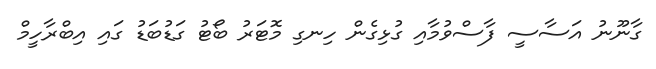
ގާނޫނު އަސާސީ ފާސްވުމާއި ގުޅިގެން ހިނގި މޮޓަރު ބޯޓު ގަޑުބަޑު ގައި އިބްރާހީމް